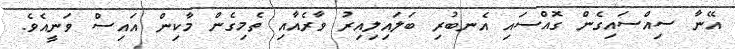
އޭނާ ސިއްސައިގެން ގޮއްސައި އެނބުރި ބަލައިލިއިރު ވާރެއާއި ތެމިގެން މާކިން އައިސް ވަނީއެވެ.